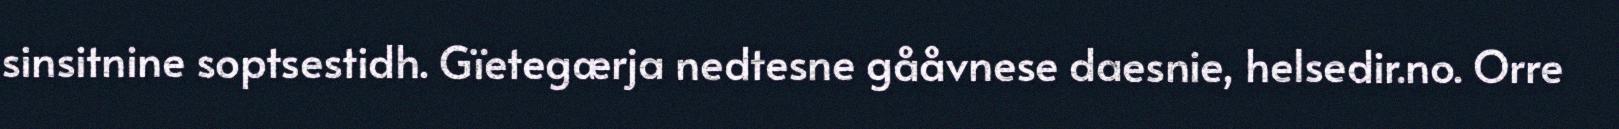
sinsitnine soptsestidh. Gïetegærja nedtesne gååvnese daesnie, helsedir.no. Orre